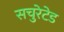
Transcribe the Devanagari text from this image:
सचुरेटेड